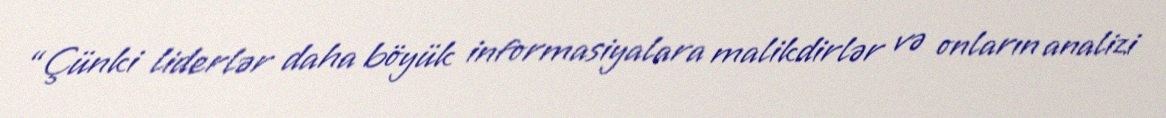
“Çünki liderlər daha böyük informasiyalara malikdirlər və onların analizi